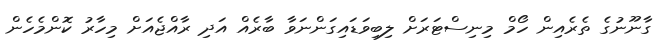
ގާނޫނުގެ ތެރެއިން ހޯމް މިނިސްޓަރަށް ލިބިވަޑައިގަންނަވާ ބާރެއް އަދި ރާއްޖެއަށް މިހާރު ކޮންމެހެން